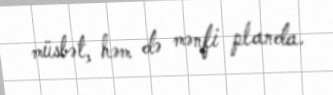
müsbət, həm də mənfi planda.